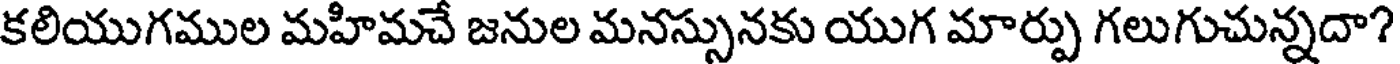
కలియుగముల మహిమచే జనుల మనస్సునకు యుగ మార్పు గలుగుచున్నదా?